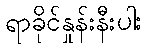
ရာခိုင်နှုန်းနီးပါး